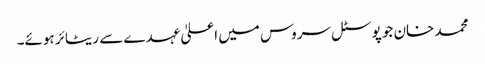
محمد خان جو پوسٹل سروس میں اعلیٰ عہدے سے ریٹائر ہوئے۔